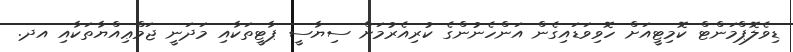
ޑިވެލޮޕްމަންޓް ކޮމިޓީއަށް ހޮވިވަޑައިގެން އަންހެނުންގެ ކުރިއެރުމަށް ސިޔާސީ ޕާޓީތަކާއި މަދަނީ ޖަމްޢިއްޔާތަކާއި އދ.